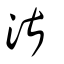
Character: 湛